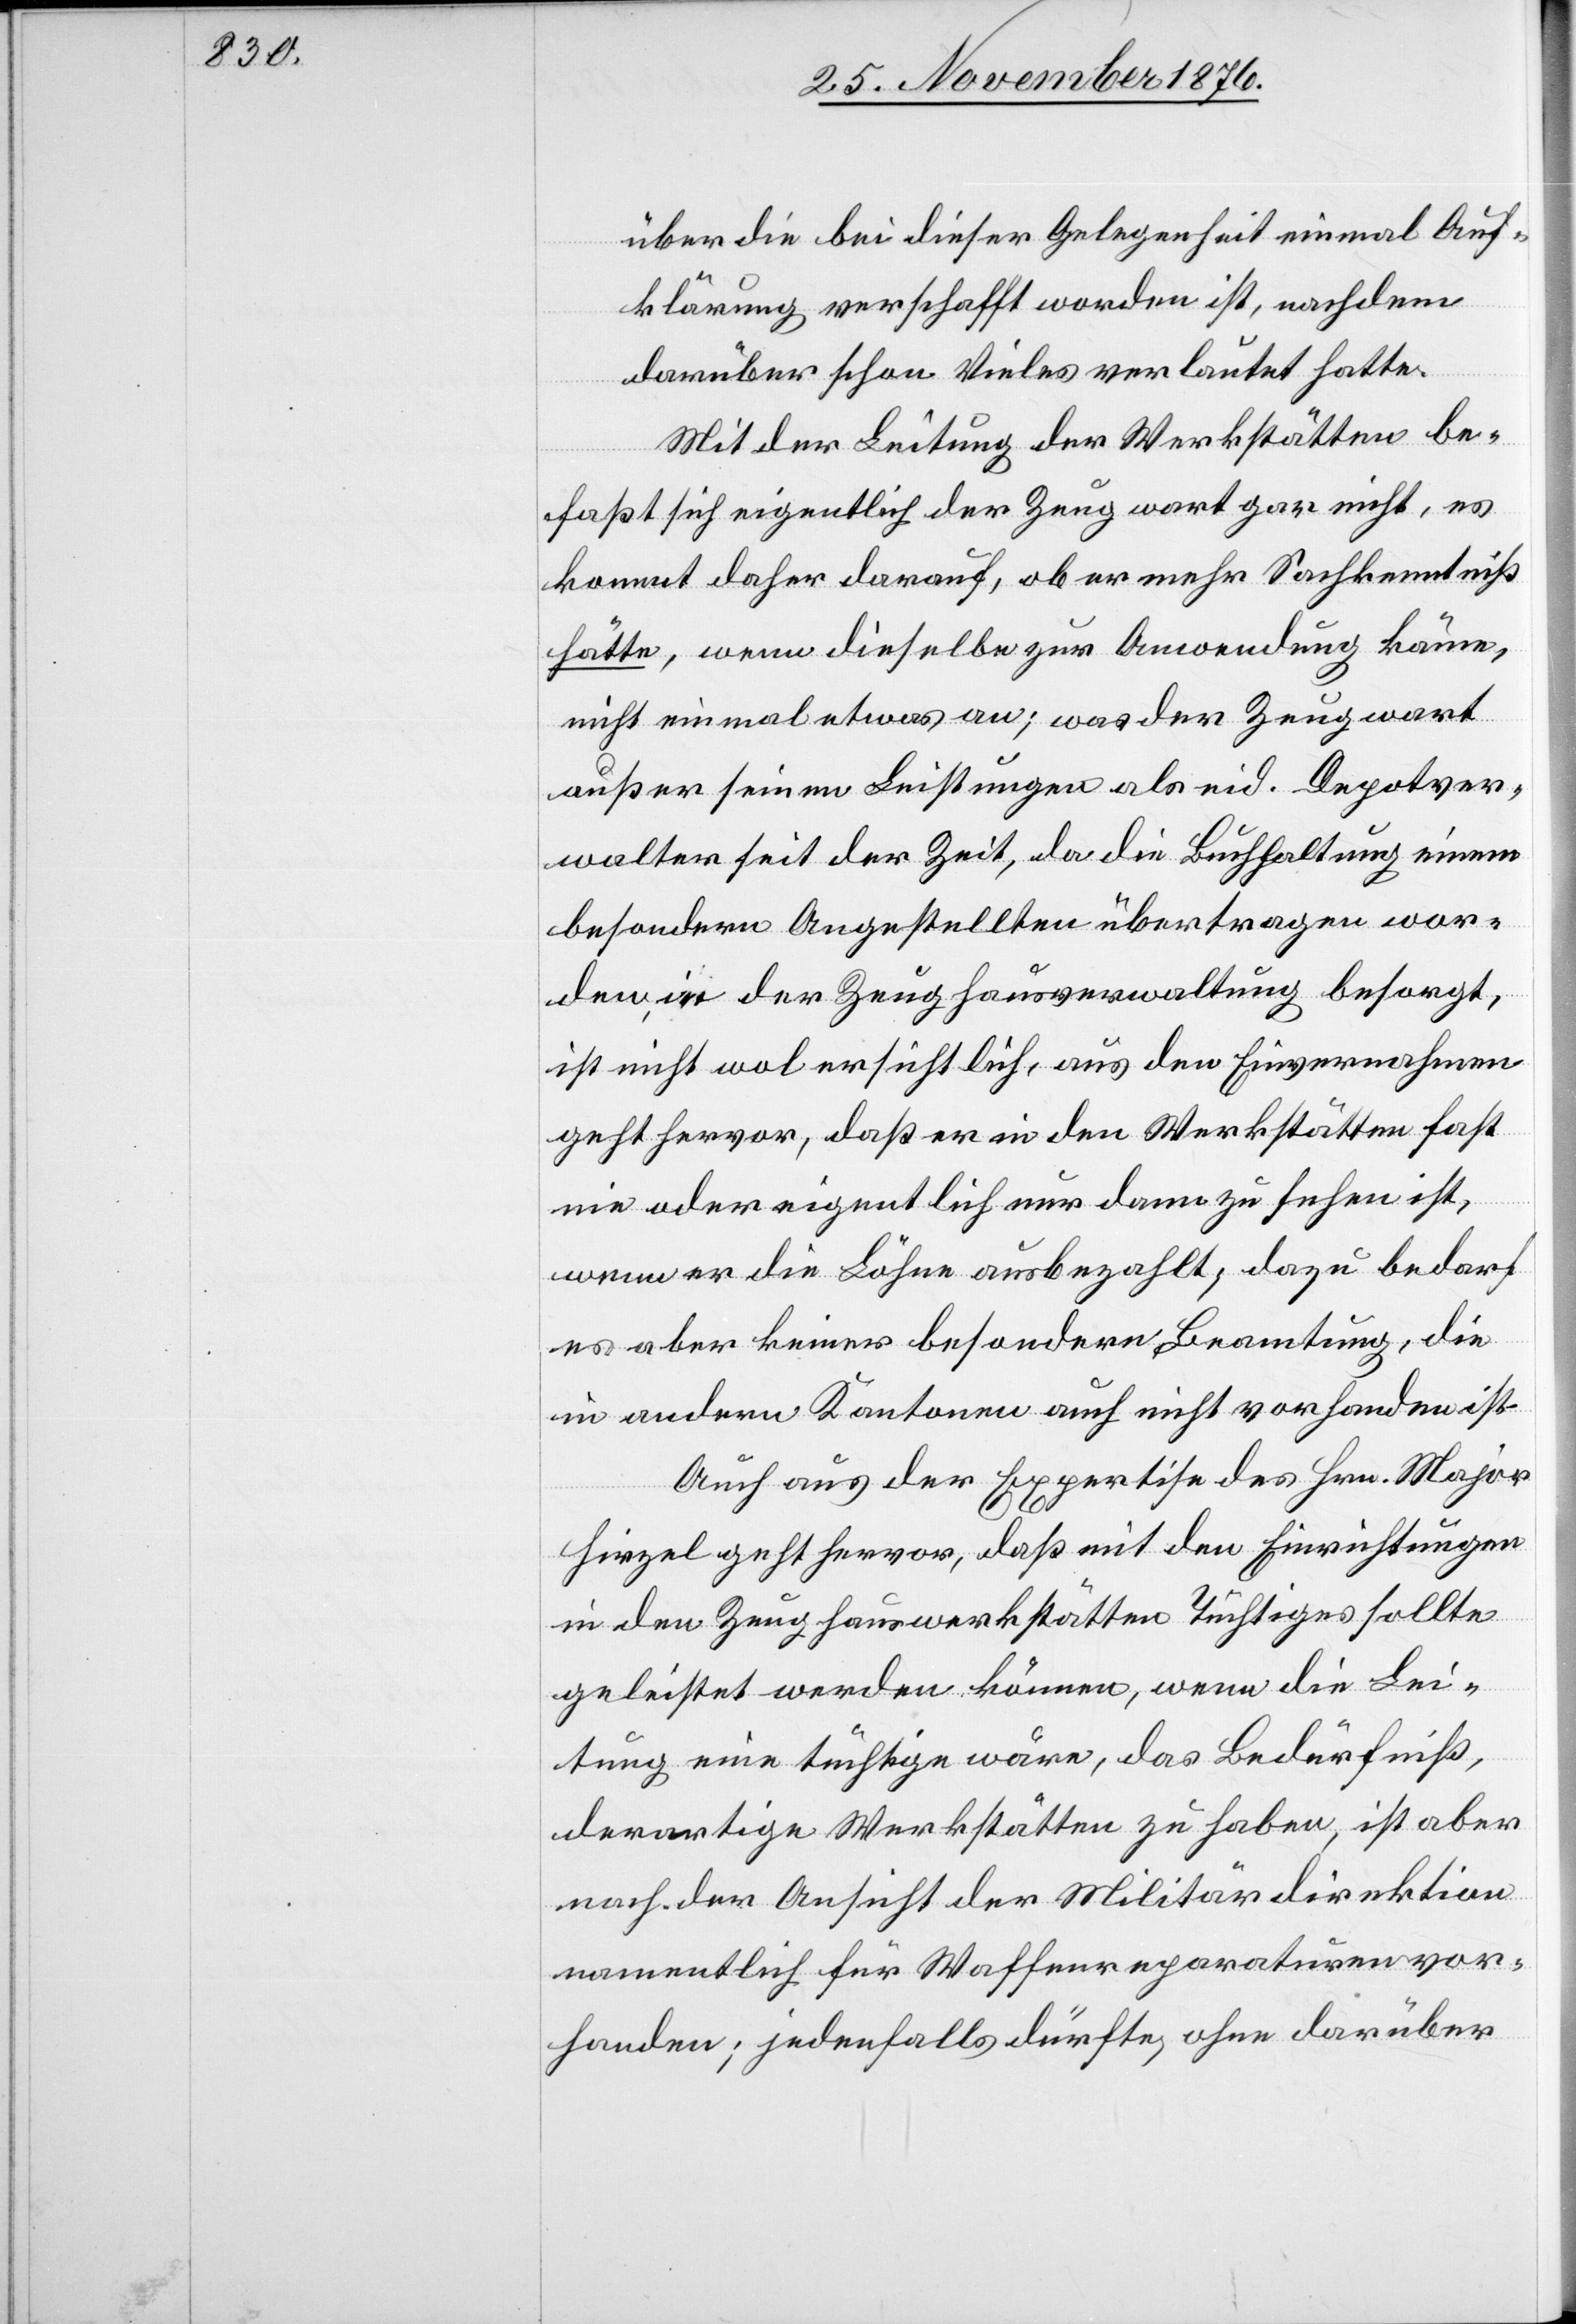
über die bei dieser Gelegenheit einmal Auf¬
klärung verschafft worden ist, nachdem
darüber schon Vieles verlautet hatte.
Mit der Leitung der Werkstätten be¬
faßt sich eigentlich der Zeugwart gar nicht, es
kommt daher darauf, ob er mehr Sachkenntniß
hätte, wenn dieselbe zur Anwendung käme,
nicht einmal etwas an; was der Zeugwart
außer seinen Leistungen als eid. Depotver¬
walter seit der Zeit, da die Buchhaltung einem
besondern Angestellten übertragen wor¬
den, in der Zeughausverwaltung besorgt,
ist nicht wol ersichtlich, aus den Einvernahmen
geht hervor, daß er in den Werkstätten fast
nie oder eigentlich nur dann zu sehen ist,
wenn er die Löhne ausbezahlt; dazu bedarf
es aber keiner besondern Beamtung die
in andern Kantonen auch nicht vorhanden ist.
Auch aus der Expertise des Hrn. Major
Hirzel geht hervor, daß mit den Einrichtungen
in den Zeughauswerkstätten Tüchtiges sollte
geleistet werden können, wenn die Lei¬
tung eine tüchtige wäre, das Bedürfniß,
derartige Werkstätten zu haben, ist aber
nach der Ansicht der Militärdirektion
namentlich für Waffenreparaturen vor¬
handen; jedenfalls dürfte, ohne darüber